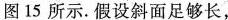
图15所示。假设斜面足够长，